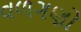
વળગણો